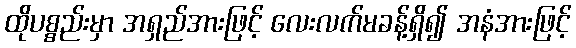
ထိုပစ္စည်းမှာ အရှည်အားဖြင့် လေးလက်မခန့်ရှိ၍ အနံအားဖြင့်